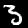
Label: 3